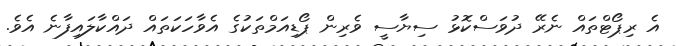
އެ ރިޕޯޓްތައް ނެރޭ ދުވަސްކޮޅު ސިޔާސީ ވެރިން ޕޯޑިއަމްތަކުގެ އެވާހަކަތައް ދައްކާލައިފާނެ އެވެ.